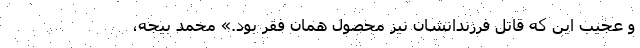
و عجیب این که قاتل فرزندانشان نیز محصول همان فقر بود.» محمد بیجه،